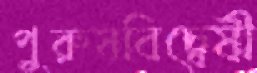
পুরুষবিদ্বেষী